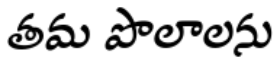
తమ పొలాలను